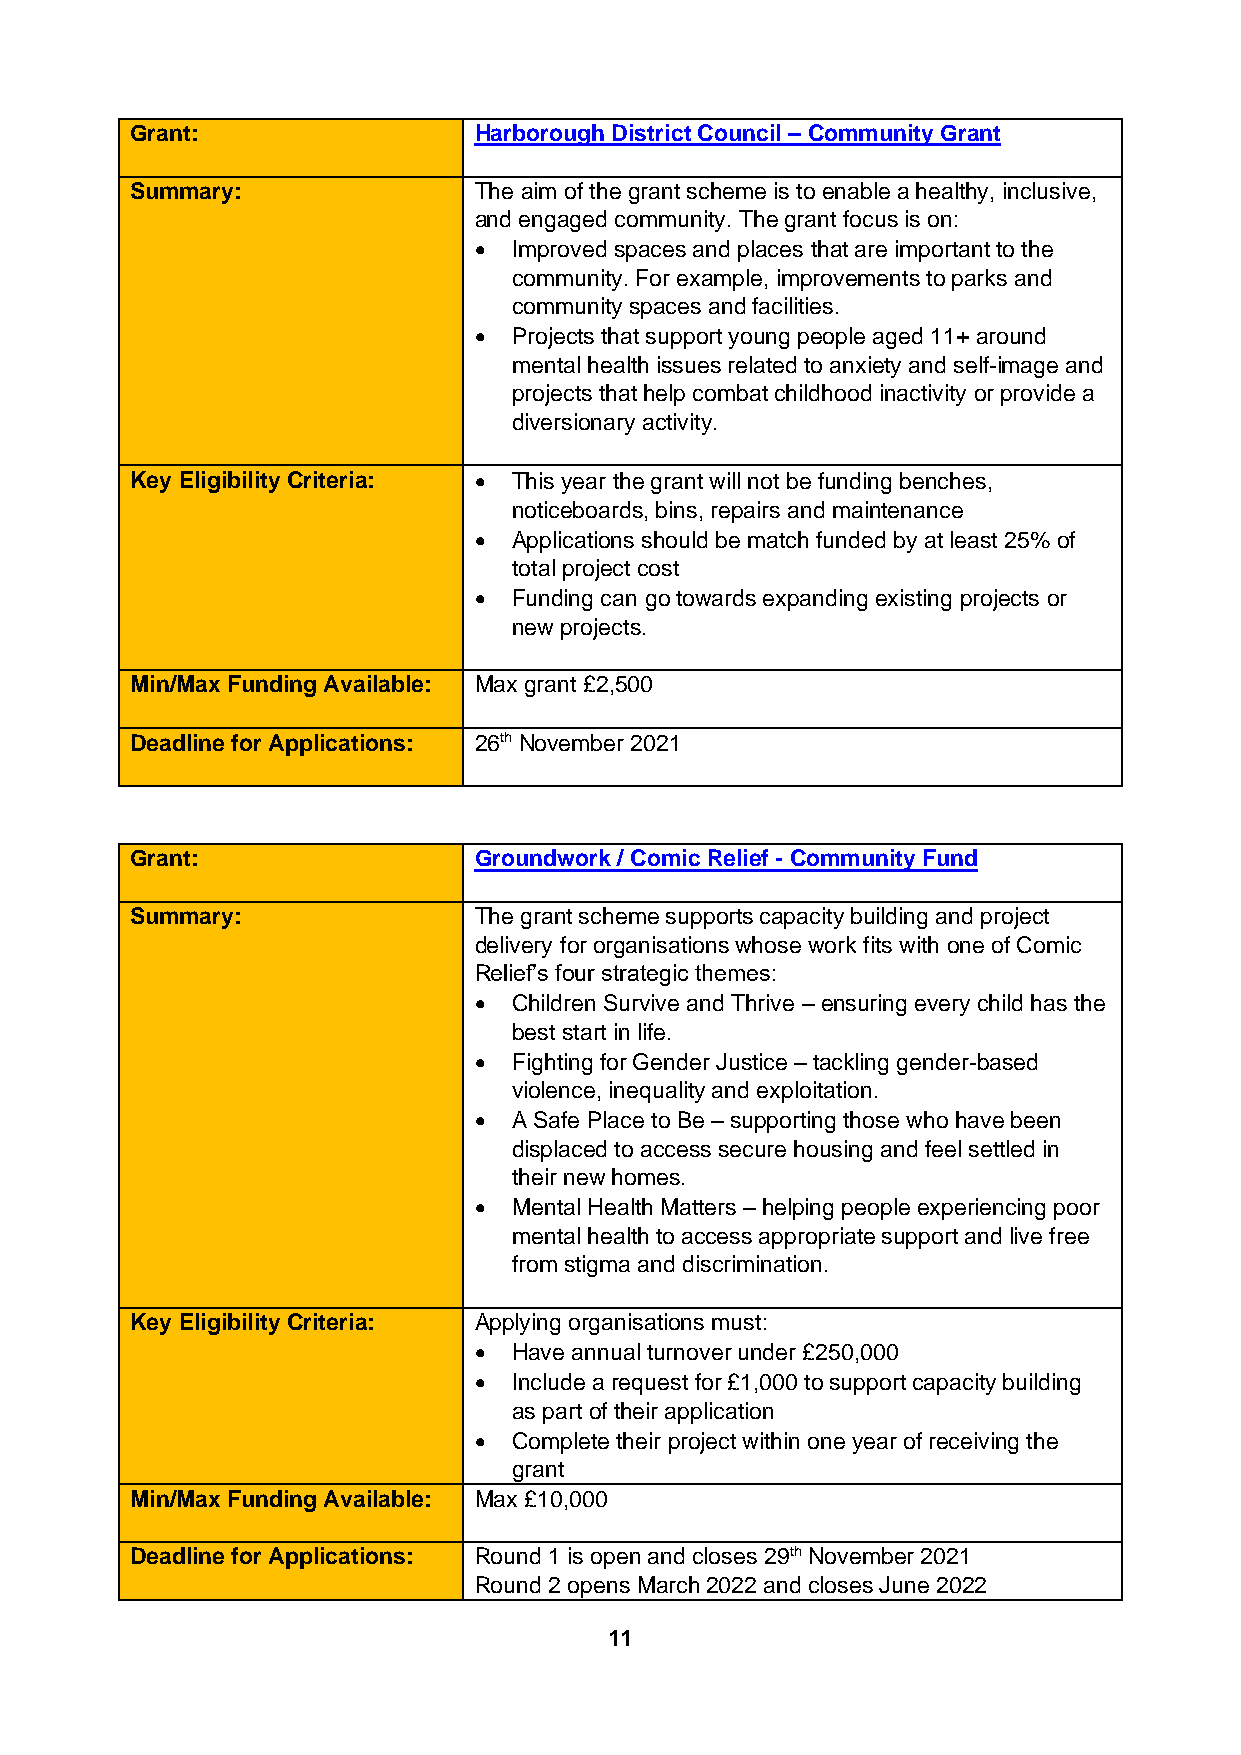
Grant:                Harborough District Council – Community Grant
 Summary:              The aim of the grant scheme is to enable a healthy, inclusive,
 and engaged community. The grant focus is on:
 •  Improved spaces and places that are important to the
 community. For example, improvements to parks and
 community spaces and facilities.
 •  Projects that support young people aged 11+ around
 mental health issues related to anxiety and self-image and
 projects that help combat childhood inactivity or provide a
 diversionary activity.
 Key Eligibility Criteria: • This year the grant will not be funding benches,
 noticeboards, bins, repairs and maintenance
 •  Applications should be match funded by at least 25% of
 total project cost
 •  Funding can go towards expanding existing projects or
 new projects.
 Min/Max Funding Available: Max grant £2,500
 Deadline for Applications: 26th November 2021
 Grant:                Groundwork / Comic Relief - Community Fund
 Summary:              The grant scheme supports capacity building and project
 delivery for organisations whose work fits with one of Comic
 Relief’s four strategic themes:
 •  Children Survive and Thrive – ensuring every child has the
 best start in life.
 •  Fighting for Gender Justice – tackling gender-based
 violence, inequality and exploitation.
 •  A Safe Place to Be – supporting those who have been
 displaced to access secure housing and feel settled in
 their new homes.
 •  Mental Health Matters – helping people experiencing poor
 mental health to access appropriate support and live free
 from stigma and discrimination.
 Key Eligibility Criteria: Applying organisations must:
 •  Have annual turnover under £250,000
 •  Include a request for £1,000 to support capacity building
 as part of their application
 •  Complete their project within one year of receiving the
 grant
 Min/Max Funding Available: Max £10,000
 Deadline for Applications: Round 1 is open and closes 29th November 2021
 Round 2 opens March 2022 and closes June 2022
 11